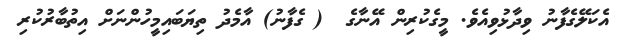
އެކަލޭގެފާނު ވިދާޅުވިއެވެ. މީގެކުރިން އޭނާގެ  ( ގެފާނު) އާމެދު ތިޔަބައިމީހުންނަށް އިތުބާރުކުރި